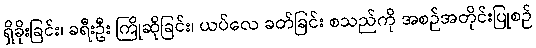
ရှိခိုးခြင်း၊ ခရီးဦး ကြိုဆိုခြင်း၊ ယပ်လေ ခတ်ခြင်း စသည်ကို အစဉ်အတိုင်းပြုစဉ်